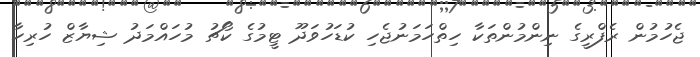
ޖެހުމުން ރެފްރީގެ ނިންމުންތަކާ ހިތްހަމަނުޖެހި ކުޑަހުވަދޫ ޓީމުގެ ކޯޗު މުހައްމަދު ޝިޔާޒް ހުރިހާ